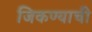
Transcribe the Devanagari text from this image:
जिकण्याची